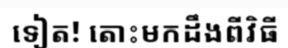
ទៀត! តោះមកដឹងពីវិធី